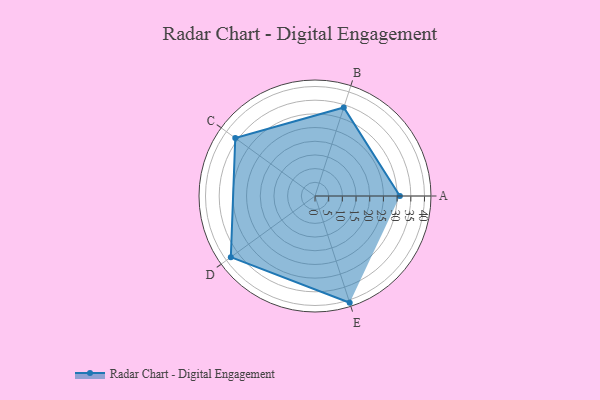
{"axis": {"x": "Skill", "y": "Score"}, "legend": ["Profile"], "data": [{"x": "A", "y": 31.0, "type": "Profile"}, {"x": "B", "y": 34.0, "type": "Profile"}, {"x": "C", "y": 36.0, "type": "Profile"}, {"x": "D", "y": 38.0, "type": "Profile"}, {"x": "E", "y": 41.0, "type": "Profile"}]}